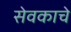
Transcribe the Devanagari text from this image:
सेवकाचे